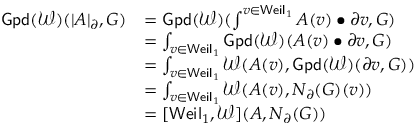
\begin{array} { r l } { \mathsf { G p d } ( { \mathcal { W } } ) ( | A | _ { \partial } , G ) } & { = \mathsf { G p d } ( { \mathcal { W } } ) ( \int ^ { v \in \mathsf { W e i l } _ { 1 } } A ( v ) \bullet \partial v , G ) } \\ & { = \int _ { v \in \mathsf { W e i l } _ { 1 } } \mathsf { G p d } ( { \mathcal { W } } ) ( A ( v ) \bullet \partial v , G ) } \\ & { = \int _ { v \in \mathsf { W e i l } _ { 1 } } { \mathcal { W } } ( A ( v ) , \mathsf { G p d } ( { \mathcal { W } } ) ( \partial v , G ) ) } \\ & { = \int _ { v \in \mathsf { W e i l } _ { 1 } } { \mathcal { W } } ( A ( v ) , N _ { \partial } ( G ) ( v ) ) } \\ & { = [ \mathsf { W e i l } _ { 1 } , { \mathcal { W } } ] ( A , N _ { \partial } ( G ) ) } \end{array}